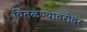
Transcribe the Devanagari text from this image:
वितळण्याबरोबर